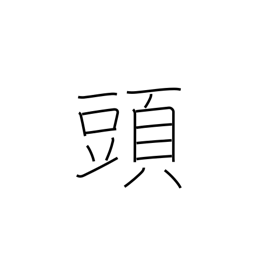
Meaning: counter for large animals